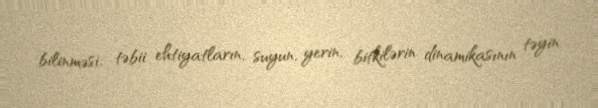
bilinməsi; təbii ehtiyatların, suyun, yerin, bitkilərin dinamikasının təyin